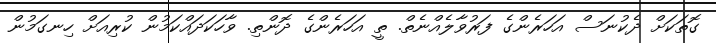
ގޮތަކަށް ދެކުނަސް އަހަރެންގެ ފަރުވާލެއްނެތް. ތީ އަހަރެންގެ ދޮންތި. ވާހަކަދައްކަމުން ކުރިއަށް ހިނގަމުން